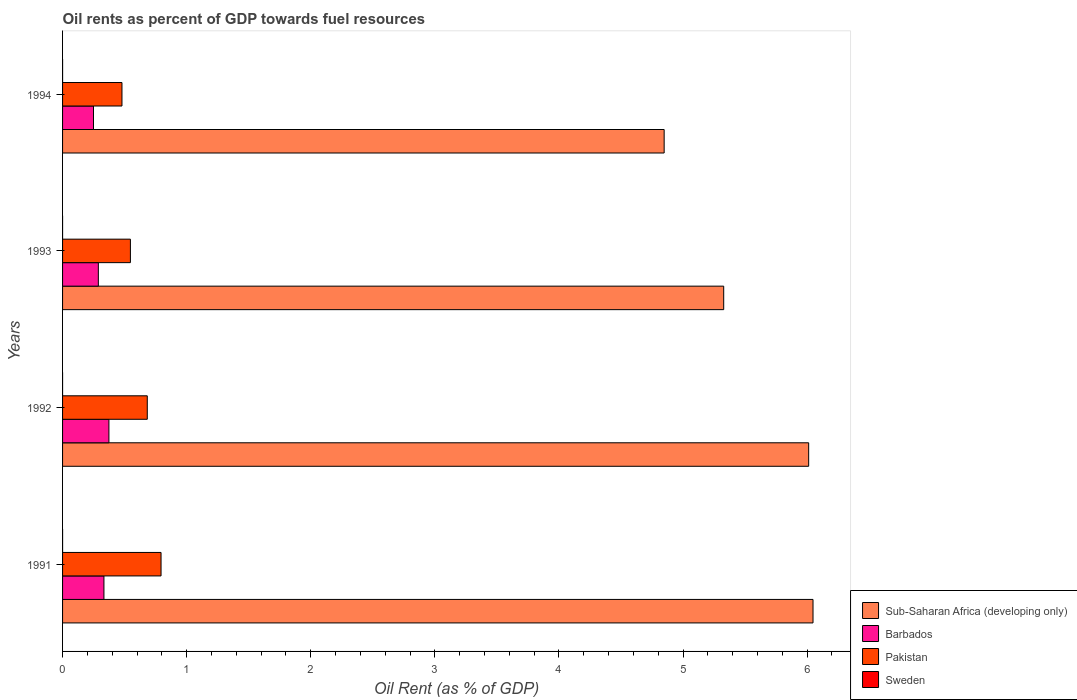
| Years | Sub-Saharan Africa (developing only) | Barbados | Pakistan | Sweden |
 | --- | --- | --- | --- | --- |
 | 1991 | 6.05 | 0.333 | 0.794 | 7.3e-05 |
 | 1992 | 6.01 | 0.374 | 0.683 | 3.39e-05 |
 | 1993 | 5.33 | 0.288 | 0.547 | 2.18e-05 |
 | 1994 | 4.85 | 0.249 | 0.479 | 0.000153 |